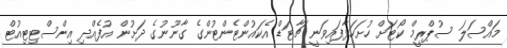
މައްސަލަ ސުޕްރީމް ކޯޓަށް ހުށަހަޅާފައިވަނީ ޗާޓަޑް އެކައުންޓެންޓުންގެ ގާނޫނުގެ ދަށުން އުފެއްދި އިންސްޓިޓިއުޓް